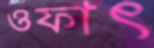
ওফাৎ